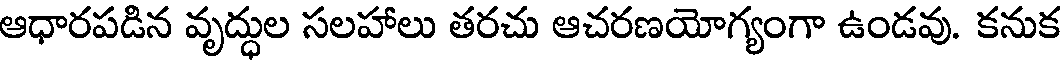
ఆధారపడిన వృద్ధుల సలహాలు తరచు ఆచరణయోగ్యంగా ఉండవు. కనుక